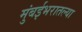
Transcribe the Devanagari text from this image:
मुंबईभरातल्या